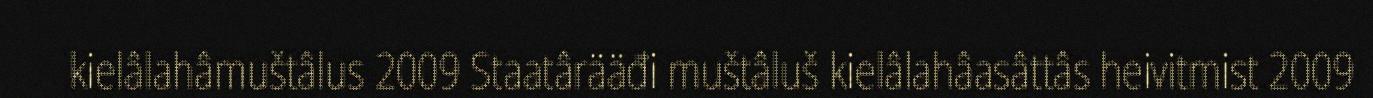
kielâlahâmuštâlus 2009 Staatârääđi muštâluš kielâlahâasâttâs heivitmist 2009